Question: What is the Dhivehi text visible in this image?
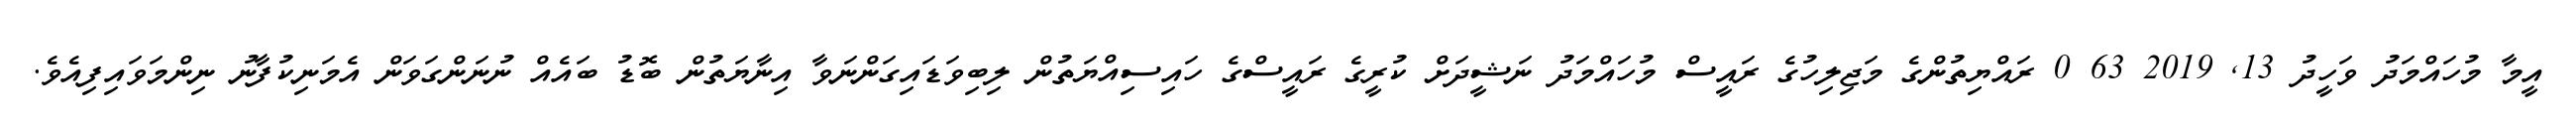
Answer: އީމާ މުހައްމަދު ވަހީދު 13, 2019 63 0 ރައްޔިތުންގެ މަޖިލިހުގެ ރައީސް މުހައްމަދު ނަޝީދަށް ކުރީގެ ރައީސްގެ ހައިސިއްޔަތުން ލިބިވަޑައިގަންނަވާ އިނާޔަތުން ބޮޑު ބައެއް ނުނަންގަވަން އެމަނިކުފާނު ނިންމަވައިފިއެވެ.